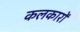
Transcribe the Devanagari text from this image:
कलकारों